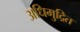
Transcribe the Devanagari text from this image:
अधिमुद्रित